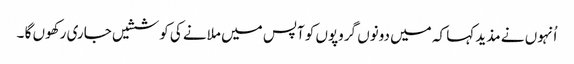
اُنہوں نے مذید کہا کہ میں دونوں گروپوں کو آپس میں ملانے کی کوششیں جاری رکھوں گا ۔